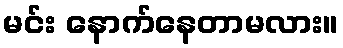
မင်း နောက်နေတာမလား။